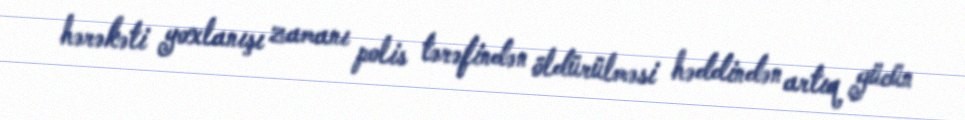
hərəkəti yoxlanışı zamanı polis tərəfindən öldürülməsi həddindən artıq gücün